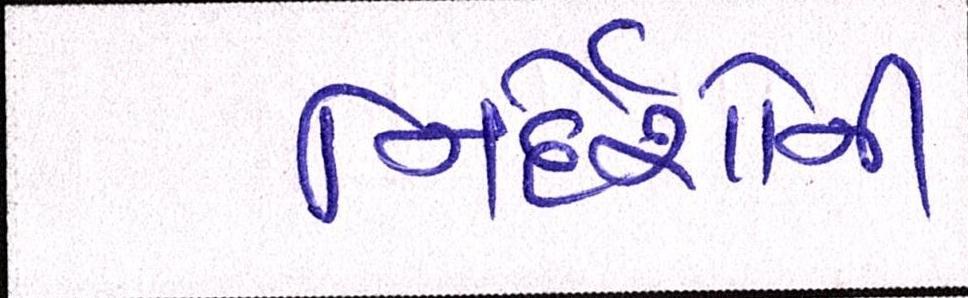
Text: નિર્દેશોનું